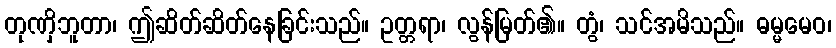
တုဏှိဘူတာ၊ ဤဆိတ်ဆိတ်နေခြင်းသည်။ ဥတ္တရာ၊ လွန်မြတ်၏။ တွံ၊ သင်အမိသည်။ ဓမ္မမေဝ၊